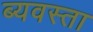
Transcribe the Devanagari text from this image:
ब्यवस्ता